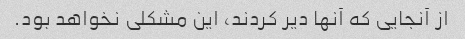
از آنجایی که آنها دیر کردند، این مشکلی نخواهد بود.